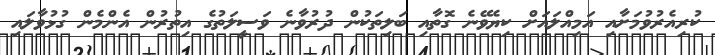
ކުރިއެރުވުމަށާއި އަމިއްލައަށް ކިޔެވޭނެ ގޮތާއި ބަލިތަކުން ދުރުވާނެ ވަސީލަތުގެ އިތުރުން އެންމެން ގުޅުވާލައި